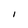
Character: I